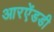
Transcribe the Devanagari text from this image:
आरऐंडडी